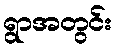
ရွာအတွင်း